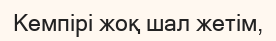
Кемпірі жоқ шал жетім,